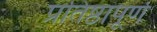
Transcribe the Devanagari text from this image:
प्रतिष्ठापूर्ण